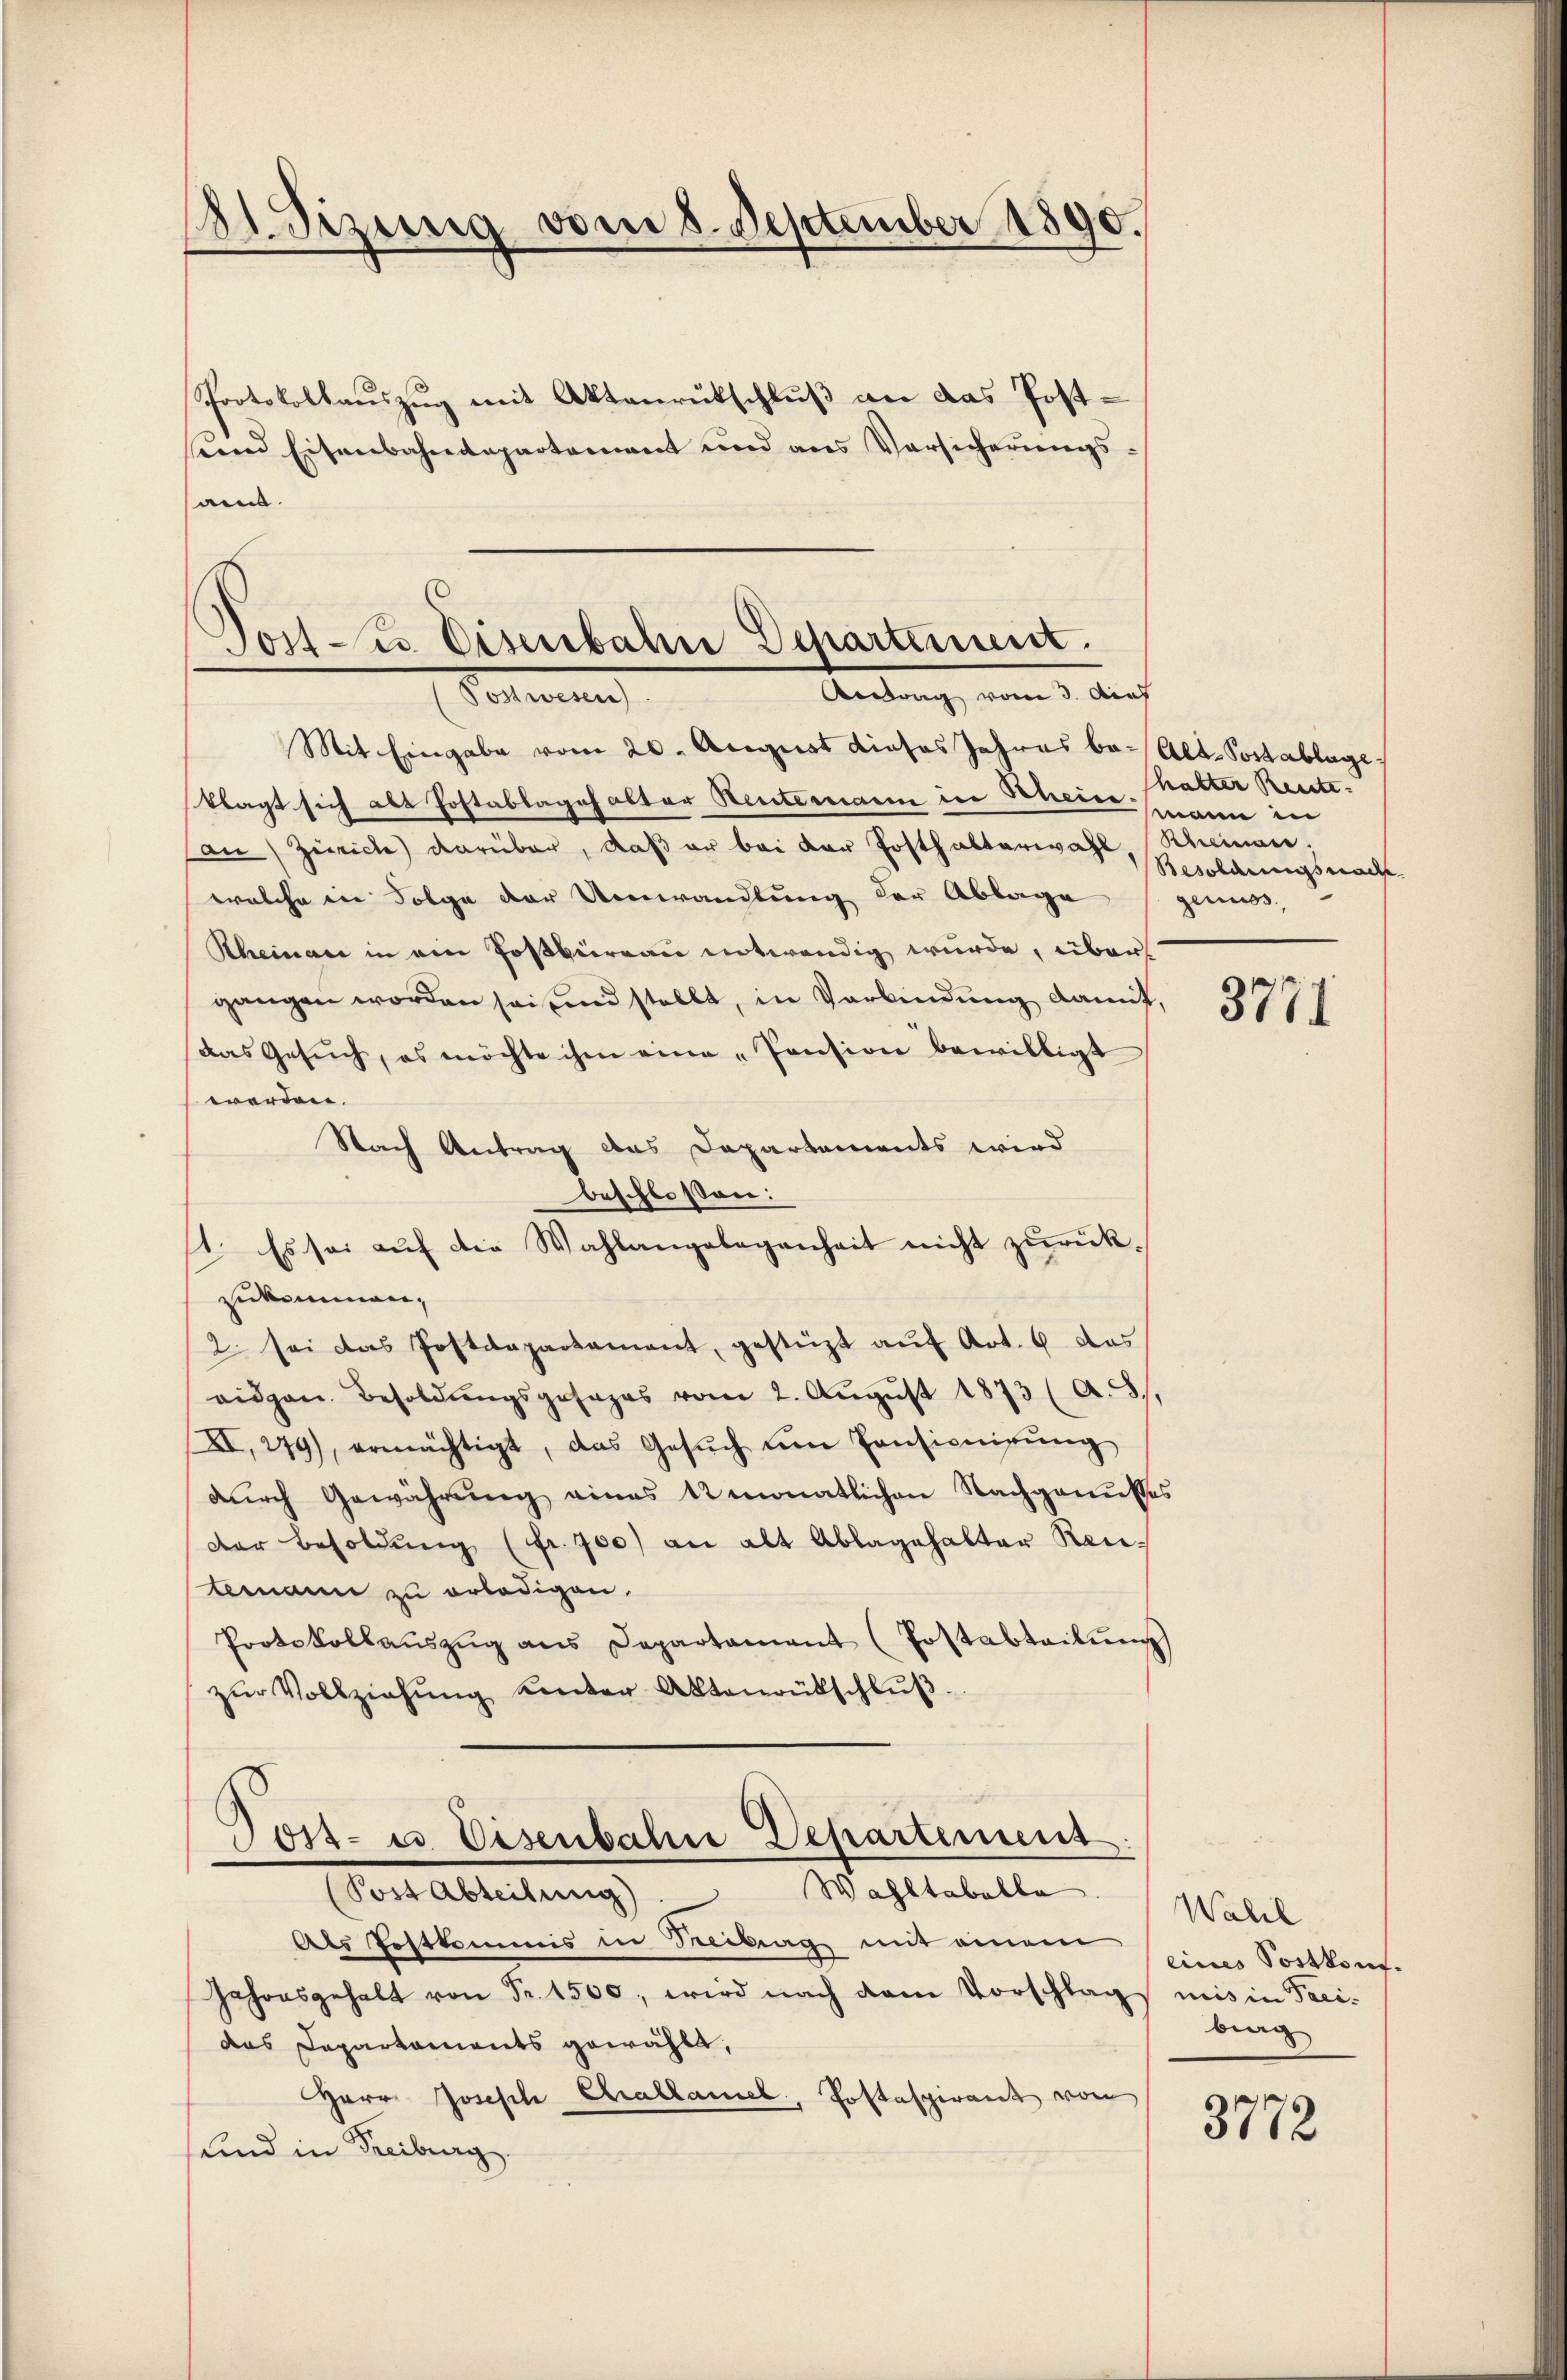
181. Sizung vom 8. September 1890.

Protokollauszug mit Aktenrückschluß an das Postsend Eisenbahndepartement und aus Versicherungs-
an.

Jost u. Eisenbahn Departement.
Antrag vom 3. Auf
Potenen

Mit Eingabe vom 20. August dieses Jahres be- Alt-Postablage
klagt sich als Postablages alter Rentemann in Scheinmann in
de Zürich darüber, daß er bei der Posthalterwahl Scheinen.
welche in Folge der Umwandlung der Ablage
Rheinau in ein Postbüreau entwendig wurde, über
gangen worden sei und stellt, in Verbindung damit,
Das Gesŭch, es möchte ihm eine „Pension bewilligt
werden.
Nach Antrag des Departements wird
beschlossen:
1. Es sei auf die Wahlangelegenheit nicht zurückzukommen,
2. sei das Postdepartament, gestüzt aŭf Art. 6 das
eidgen. Besoldŭngsgesezes vom 2. Aŭgŭst 1873 (A.3).
XI. 279), ermächtigt, das Gesŭch um Consionirŭng
durch Gewährung eines 12 monatlichen Nachgenusses
der Besoldung (fr. 700) an alt Ablagehalter Reitemann zu erledigen.
Protokollaŭszŭg ans Departament (Postabteilŭng
zŭr Vollziehŭng unter Aktenrütschlŭβ

Gost- u. Eisenbahne Departement

(Post Abteilung) Wahltabelle
Als Postkommis in Beitrag mit einem
Jahresgehalt von Fr. 1500, wird nach dem Vorschlags mis in Taci-
das Departaments gewählt,
Herr Joseph Challamel, Postaspirant von
und in Freiburg

halter Rente
Besoldungsnach
genuss

3771

Wahl
eines Postkauf.
brag

3772